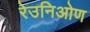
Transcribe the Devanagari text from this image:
रेउनिओण